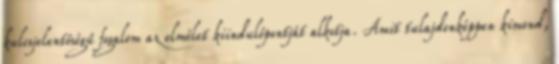
kulcsjelentőségű fogalom az elmélet kiindulópontját alkotja. Amit tulajdonképpen kimond,